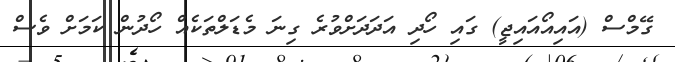
ގޭމްސް (އައިއޯއައިޖީ) ގައި ހޯދި އަދަދަށްވުރެ ގިނަ މެޑަލްތަކެއް ހޯދުން ކަމަށް ވެސް